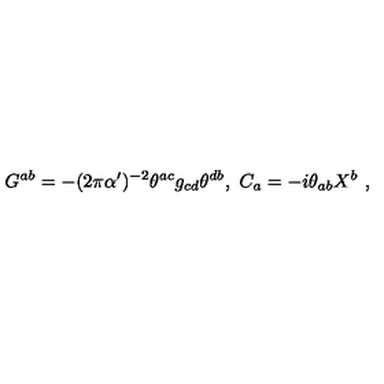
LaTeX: G ^ { a b } = - ( 2 \pi \alpha ^ { \prime } ) ^ { - 2 } \theta ^ { a c } g _ { c d } \theta ^ { d b } , \ C _ { a } = - i \theta _ { a b } X ^ { b } \ ,